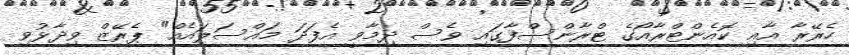
ހެރޭރާ އާއި ކޮއެންޓްރާއޯގެ ޓްރާންސްފާގައި ވެސް ދިމާވީ އެފަދަ މައްސަލައެއް" ޕެރޭޒް ވިދާޅުވި